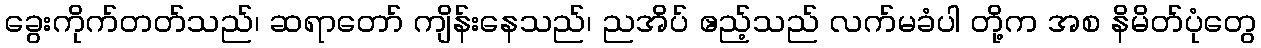
ခွေးကိုက်တတ်သည်၊ ဆရာတော် ကျိန်းနေသည်၊ ညအိပ် ဧည့်သည် လက်မခံပါ တို့က အစ နိမိတ်ပုံတွေ